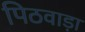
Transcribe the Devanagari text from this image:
पिठवाड़ा